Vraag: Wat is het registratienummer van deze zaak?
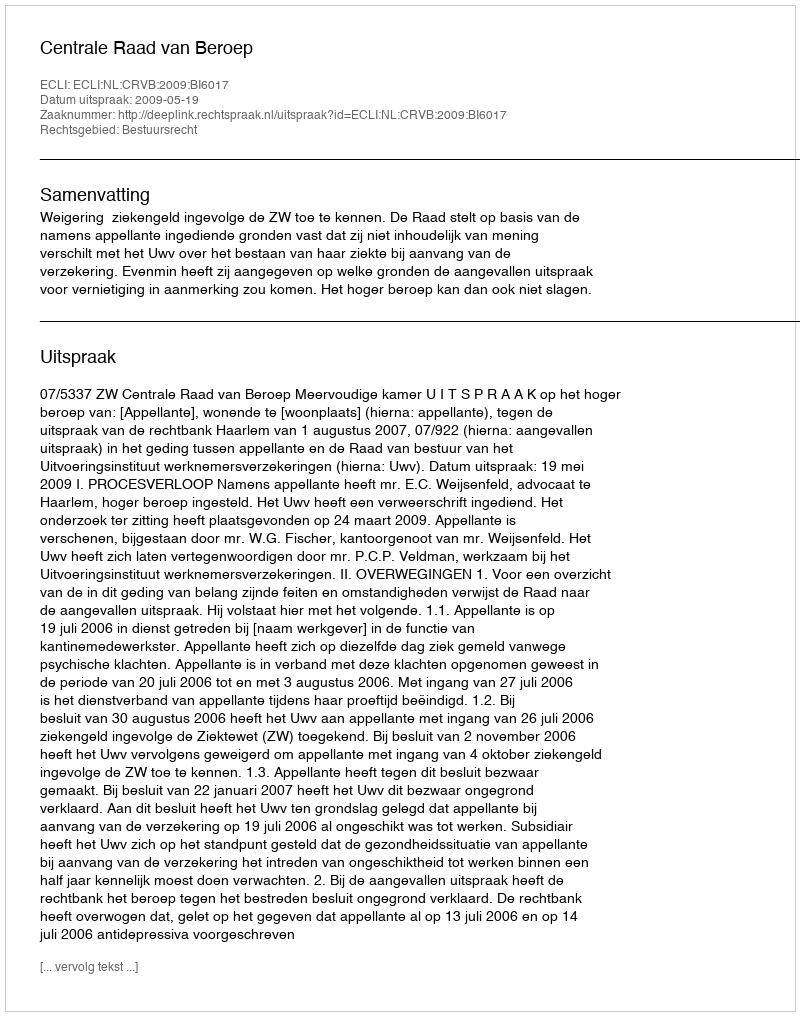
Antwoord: http://deeplink.rechtspraak.nl/uitspraak?id=ECLI:NL:CRVB:2009:BI6017